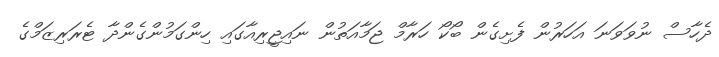
ދެހާސް ނުވަވަނަ އަހަރުން ފެށިގެން ބޯކޯ ހަރާމް ޖަމާއަތުން ނައިޖީރިއާގައި ހިންގަމުންގެންދާ ޓެރަރިޒަމްގެ